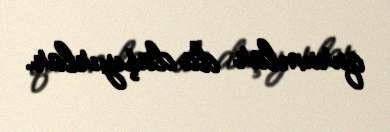
qurumlar da daşıyırlar.